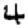
Digit: 4